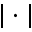
| \cdot |